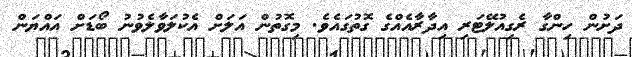
ދަށުން ހިންގާ ރެގިއުލޭޓަރި އިދާރާއެއްގެ ގޮތުގައެވެ. މިގޮތުން އަލަށް އެކުލަވާލެވުނު ބޯޑަށް އައްޔަން